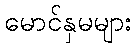
မောင်နှမများ